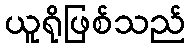
ယူရိုဖြစ်သည်